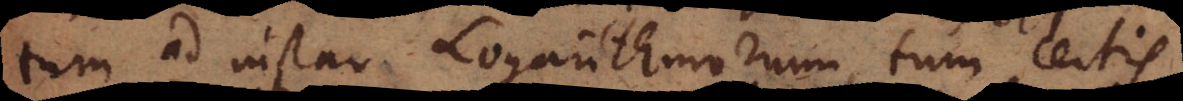
tum ad instar Logarithmorum, tum certis